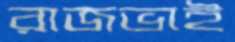
রাজভাই